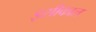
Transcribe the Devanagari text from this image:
इसीकाल